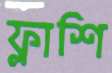
ফ্লাশি